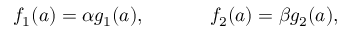
\begin{array} { r } { f _ { 1 } ( \boldsymbol { a } ) = \alpha g _ { 1 } ( \boldsymbol { a } ) , \ \ \ \ \ \ \ \ \ \ f _ { 2 } ( \boldsymbol { a } ) = \beta g _ { 2 } ( \boldsymbol { a } ) , } \end{array}